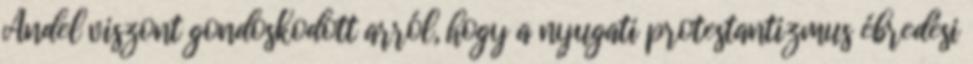
Andel viszont gondoskodott arról, hogy a nyugati protestantizmus ébredési